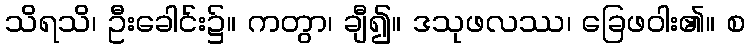
သိရသိ၊ ဦးခေါင်း၌။ ကတွာ၊ ချီ၍။ ဒသုဖလဿ၊ ခြေဖဝါး၏။ စ